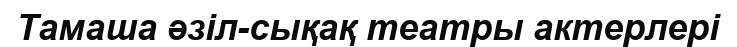
Тамаша әзіл-сықақ театры актерлері